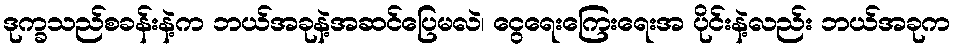
ဒုက္ခသည်စခန်းနဲ့က ဘယ်အခုနဲ့အဆင်ပြေမလဲ၊ ငွေရေးကြေးရေးအ ပိုင်းနဲ့လည်း ဘယ်အခုက